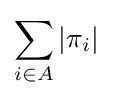
\sum _{i\in A}|\pi _{i}|